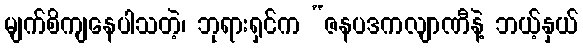
မျက်စိကျနေပါသတဲ့၊ ဘုရားရှင်က “ဇနပဒကလျာဏီနဲ့ ဘယ့်နှယ်